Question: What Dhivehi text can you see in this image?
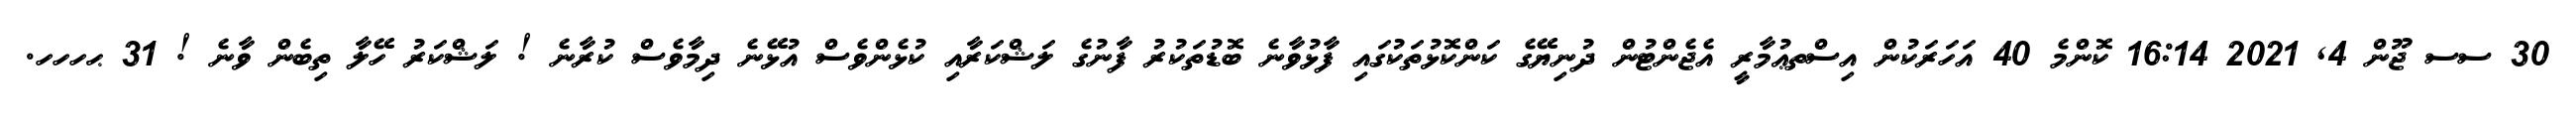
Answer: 30 ސސ ޖޫން 4, 2021 16:14 ކޮންމެ 40 އަހަރަކުން އިސްތޢުމާރީ އެޖެންޓުން ދުނިޔޭގެ ކަންކޮޅުތަކުގައި ފާޅުވާނެ ބޮޑުތަކުރު ފާނުގެ ލަޝްކަރާއި ކުޅެންވެސް އުޅޭނެ ދިމާވެސް ކުރާނެ ! ލަޝްކަރު ހޭލާ ތިބެން ވާނެ ! 31 ޙހހހ.